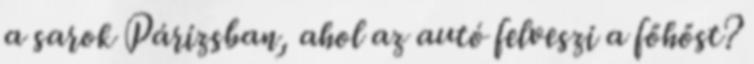
a sarok Párizsban, ahol az autó felveszi a főhőst?